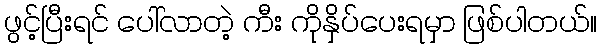
ဖွင့်ပြီးရင် ပေါ်လာတဲ့ ကီး ကိုနှိပ်ပေးရမှာ ဖြစ်ပါတယ်။